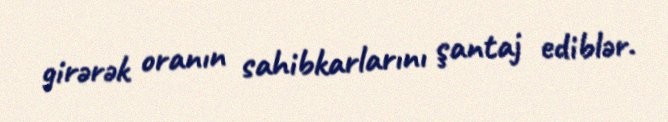
girərək oranın sahibkarlarını şantaj ediblər.